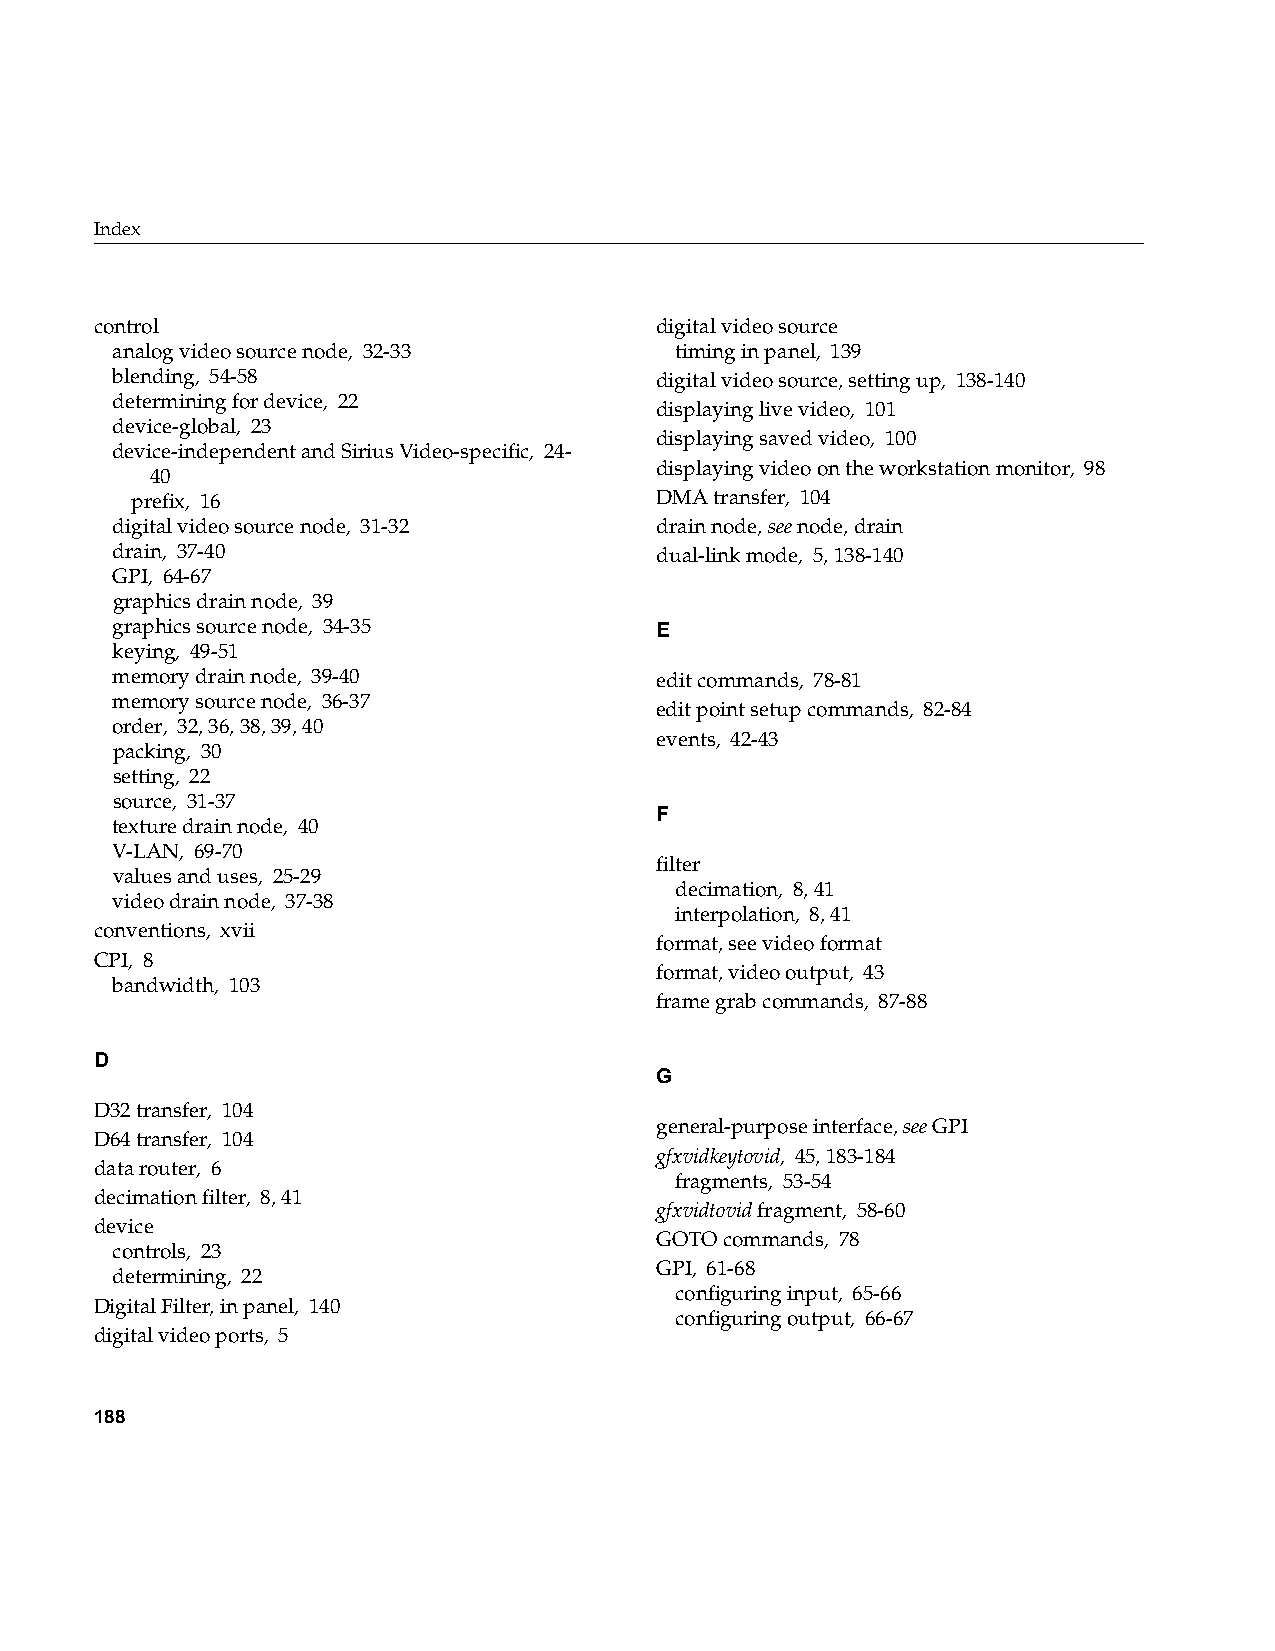
Index
 control                              digital video source
 analog video source node, 32-33       timing in panel, 139
 blending, 54-58                     digital video source, setting up, 138-140
 determining for device, 22
 displaying live video, 101
 device-global, 23
 displaying saved video, 100
 device-independent and Sirius Video-specific, 24-
 displaying video on the workstation monitor, 98
 40
 prefix, 16                        DMA transfer, 104
 digital video source node, 31-32    drain node,see node, drain
 drain, 37-40                        dual-link mode, 5, 138-140
 GPI, 64-67
 graphics drain node, 39
 graphics source node, 34-35         E
 keying, 49-51
 memory drain node, 39-40            edit commands, 78-81
 memory source node, 36-37
 edit point setup commands, 82-84
 order, 32, 36, 38, 39, 40
 events, 42-43
 packing, 30
 setting, 22
 source, 31-37
 F
 texture drain node, 40
 V-LAN, 69-70
 filter
 values and uses, 25-29
 decimation, 8, 41
 video drain node, 37-38
 interpolation, 8, 41
 conventions, xvii
 format, see video format
 CPI, 8
 format, video output, 43
 bandwidth, 103
 frame grab commands, 87-88
 D
 G
 D32 transfer, 104
 general-purpose interface,see GPI
 D64 transfer, 104
 gfxvidkeytovid, 45, 183-184
 data router, 6
 fragments, 53-54
 decimation filter, 8, 41
 gfxvidtovid fragment, 58-60
 device
 GOTO commands, 78
 controls, 23
 GPI, 61-68
 determining, 22
 configuring input, 65-66
 Digital Filter, in panel, 140
 configuring output, 66-67
 digital video ports, 5
 188